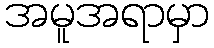
အမူအရာမှာ